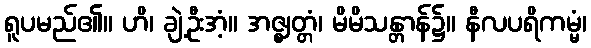
ရူပမည်၏။ ဟိ၊ ချဲ့ဦးအံ့။ အဇ္ဈတ္တံ၊ မိမိသန္တာန်၌။ နီလပရိကမ္မံ၊